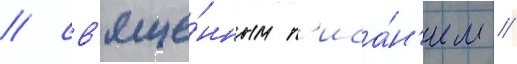
/ св'яще́нным п'иса́н'ием /